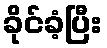
ခိုင်ခံ့ပြီး